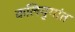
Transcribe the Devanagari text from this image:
कलियुगांत